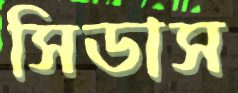
সিডাস